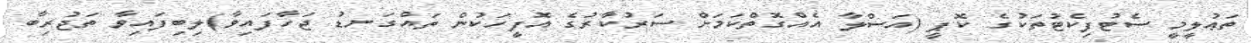
ތަޢުލީމީ ސެޓުފިކެޓުތަކުގެ ކޮޕީ (އަސްލާ އެއްގޮތްކަމަށް ސަރުކާރުގެ އޮފީހަކުން ތައްގަނޑު ޖަހާފައިވާ)ލިބިފައިވާ ތަޖުރިބާ